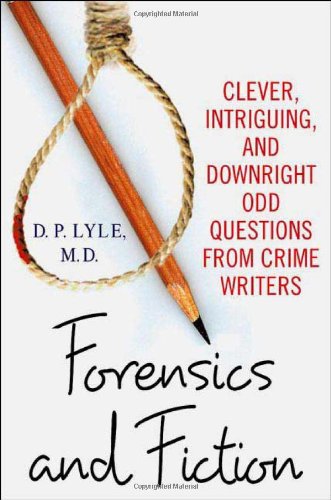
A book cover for Forensics and Fiction: Clever, Intriguing, and Downright Odd Questions from Crime Writers; D. P. Lyle; Mystery, Thriller & Suspense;